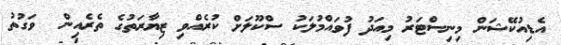
އެޑިއުކޭޝަން މިނިސްޓަރު މިއަދު ފުވައްމުލަކު ސްކޫލަށް ކުރެއްވި ޒިޔާރަތުގެ ތެރެއިން  ވަގުތު